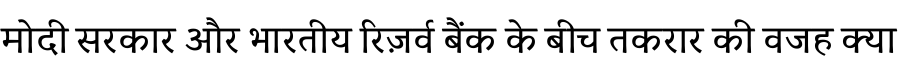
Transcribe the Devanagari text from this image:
मोदी सरकार और भारतीय रिज़र्व बैंक के बीच तकरार की वजह क्या